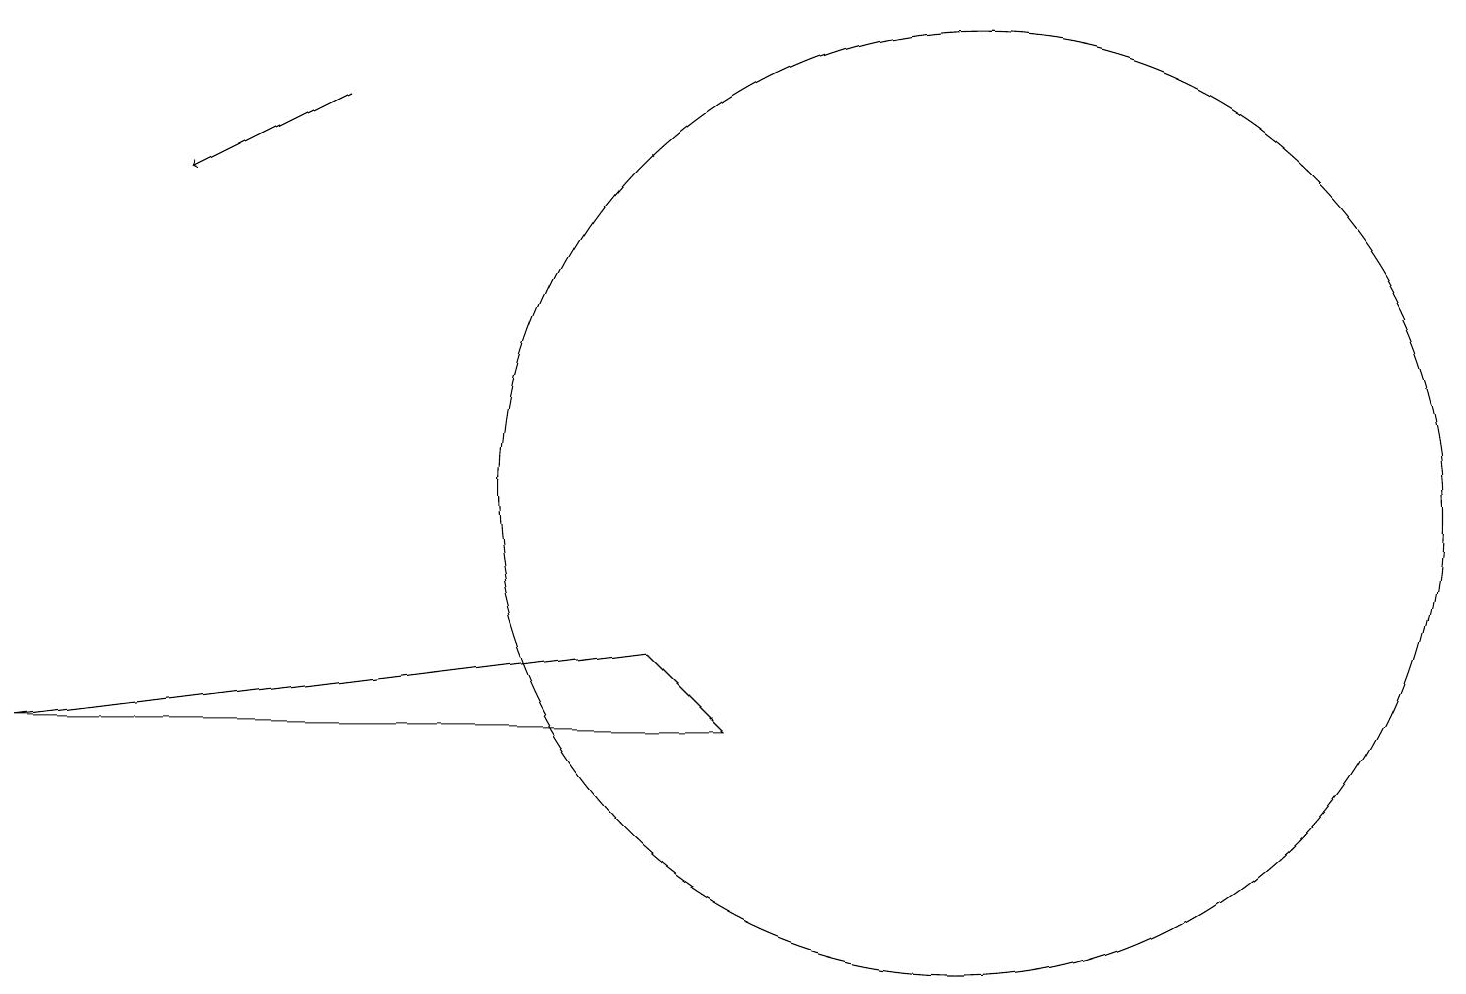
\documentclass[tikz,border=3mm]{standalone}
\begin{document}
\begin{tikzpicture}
\draw (0,7) -- (9,7) -- (8,8) -- cycle;
\draw (12,10) circle (6);
\draw[->] (4,15) -- (2,14);
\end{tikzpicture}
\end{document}